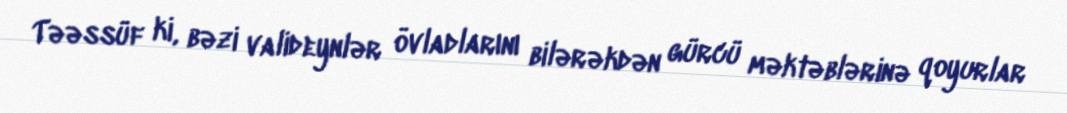
Təəssüf ki, bəzi valideynlər övladlarını bilərəkdən gürcü məktəblərinə qoyurlar